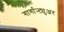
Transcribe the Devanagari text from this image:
गार्गान्ट्युअर